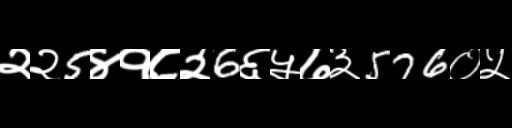
Text: २२5४१८२6६५७३576०५